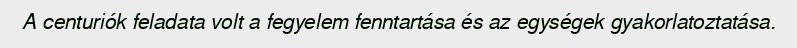
A centuriók feladata volt a fegyelem fenntartása és az egységek gyakorlatoztatása.